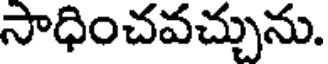
సాధించవచ్చును.